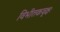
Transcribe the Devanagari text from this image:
विभीतकवृक्षः